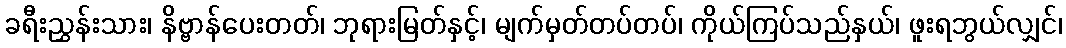
ခရီးညွှန်းသား၊ နိဗ္ဗာန်ပေးတတ်၊ ဘုရားမြတ်နှင့်၊ မျက်မှတ်တပ်တပ်၊ ကိုယ်ကြပ်သည်နှယ်၊ ဖူးရဘွယ်လျှင်၊